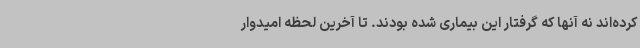
کرده‌اند نه آنها که گرفتار این بیماری شده بودند. تا آخرین لحظه امیدوار